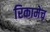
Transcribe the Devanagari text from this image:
रिकामेच